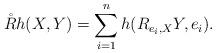
LaTeX: \begin{align*}\mathring{R}h(X,Y)=\sum_{i=1}^nh(R_{e_i,X}Y,e_i). \end{align*}